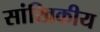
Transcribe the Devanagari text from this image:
सांखिकीय